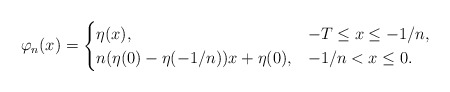
\begin{align*}\varphi_n(x)=\begin{cases}\eta(x), &-T\leq x\leq-1/n, \\n(\eta(0)-\eta(-1/n))x + \eta(0), &-1/n<x\leq0.\end{cases}\end{align*}